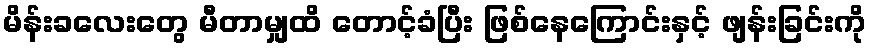
မိန်းခလေးတွေ မီတာမျှထိ တောင့်ခံပြီး ဖြစ်နေကြောင်းနှင့် ဖျန်းခြင်းကို